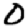
Digit: 0